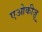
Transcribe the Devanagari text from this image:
एओकीज़ू